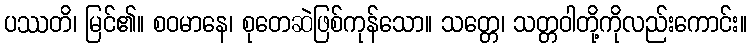
ပဿတိ၊ မြင်၏။ စဝမာနေ၊ စုတေဆဲဖြစ်ကုန်သော။ သတ္တေ၊ သတ္တဝါတို့ကိုလည်းကောင်း။